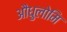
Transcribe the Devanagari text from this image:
औधुलोमि